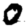
Digit: 0